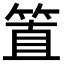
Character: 𥮖